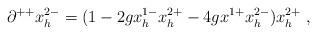
LaTeX: \begin{align*}\partial^{++} x^{2-}_h =(1 - 2g x^{1-}_h x^{2+}_h - 4g x^{1+} x^{2-}_h) x^{2+}_h\ ,\end{align*}